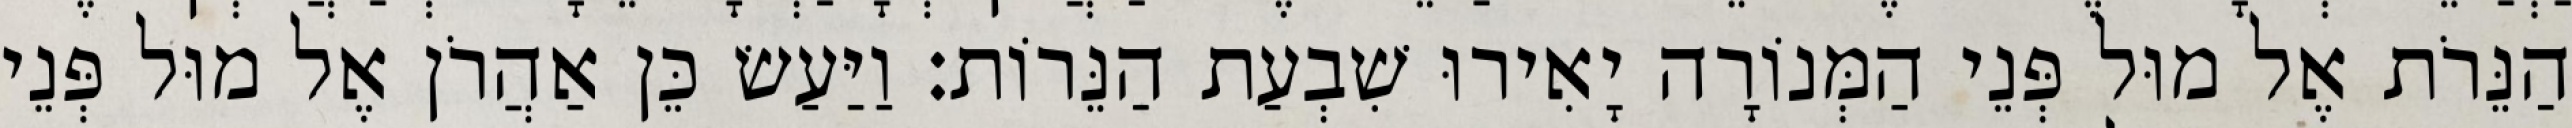
הַנֵּרֹת אֶל מוּל פְּנֵי הַמְּנוֹרָה יָאִירוּ שִׁבְעַת הַנֵּרוֹת׃ וַיַּעַשׂ כֵּן אַהֲרֹן אֶל מוּל פְּנֵי